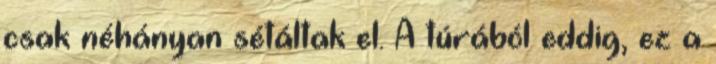
csak néhányan sétáltak el. A túrából eddig, ez a